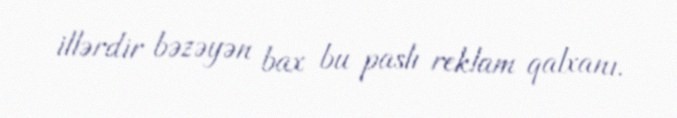
illərdir bəzəyən bax bu paslı reklam qalxanı.